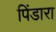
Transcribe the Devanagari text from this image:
पिंडारा